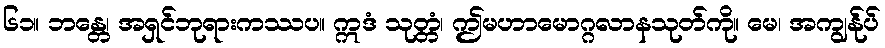
၆၁။ ဘန္တေ၊ အရှင်ဘုရားကဿပ။ ဣဒံ သုတ္တံ၊ ဤမဟာမောဂ္ဂလာနသုတ်ကို။ မေ၊ အကျွန်ုပ်